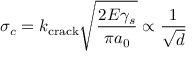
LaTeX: \sigma _ { c } = k _ { \mathrm { c r a c k } } { \sqrt { \frac { 2 E \gamma _ { s } } { \pi a _ { 0 } } } } \propto { \frac { 1 } { \sqrt { d } } }